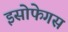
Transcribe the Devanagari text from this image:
इसोफेगस